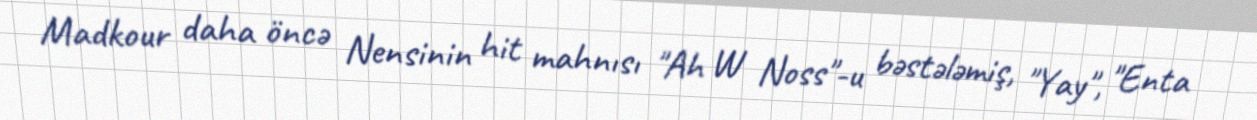
Madkour daha öncə Nensinin hit mahnısı "Ah W Noss"-u bəstələmiş, "Yay", "Enta